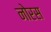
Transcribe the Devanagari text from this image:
नोरस